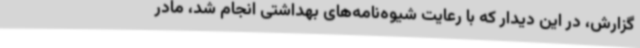
گزارش، در این دیدار که با رعایت شیوه‌نامه‌های بهداشتی انجام شد، مادر